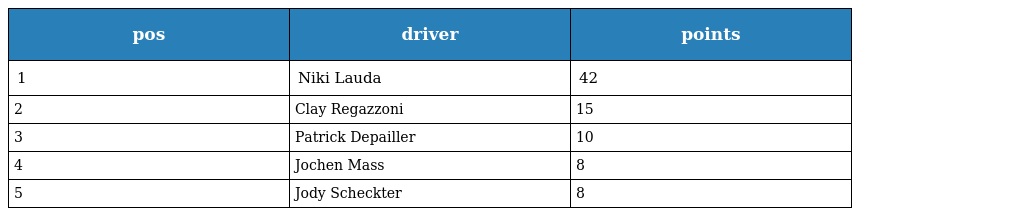
| pos | driver | points |
 | --- | --- | --- |
 | 1 | Niki Lauda | 42 |
 | 2 | Clay Regazzoni | 15 |
 | 3 | Patrick Depailler | 10 |
 | 4 | Jochen Mass | 8 |
 | 5 | Jody Scheckter | 8 |